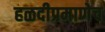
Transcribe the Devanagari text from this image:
हळदीप्रमाणेच